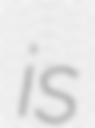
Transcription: is